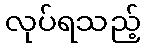
လုပ်ရသည့်